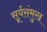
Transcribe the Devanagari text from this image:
सूर्यसंमुख